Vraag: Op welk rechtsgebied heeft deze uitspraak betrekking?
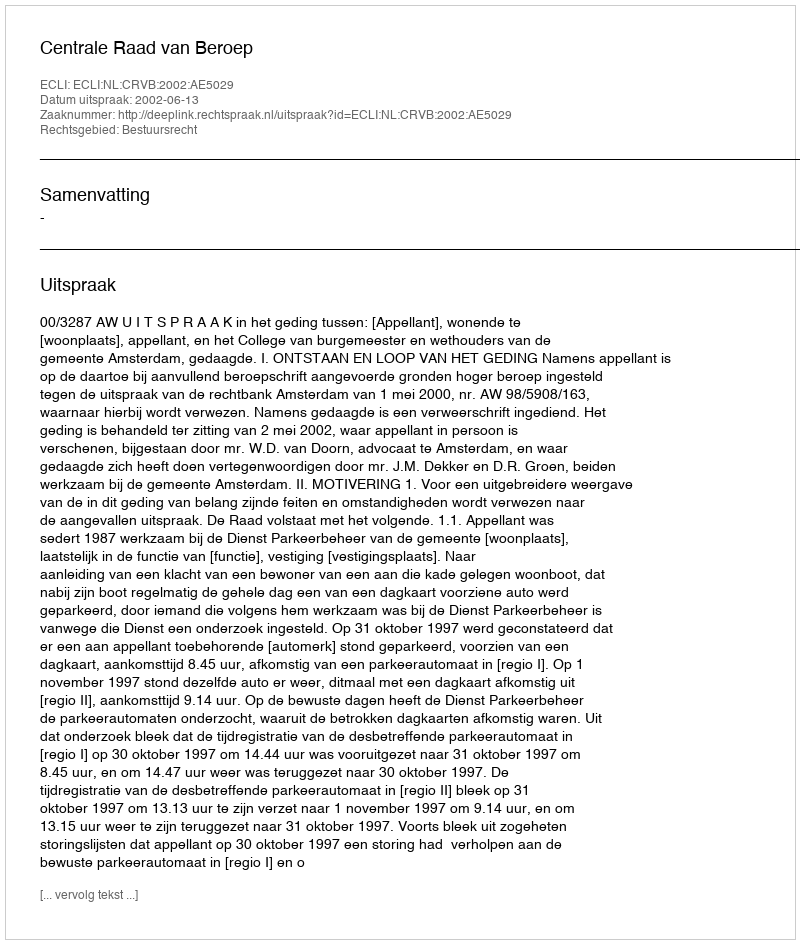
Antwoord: Bestuursrecht